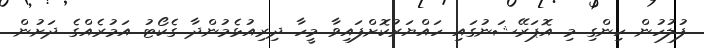
ފުލުހުން ހިންގި މި އޮޕަރޭޝަނުގައި ހައްޔަރުކޮށްފައިވާ މީހާ ދިރިއުޅެމުންދާ ގެކޯޓު އަމުރެއްގެ ދަށުން